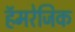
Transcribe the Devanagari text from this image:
हॅमरेजिक